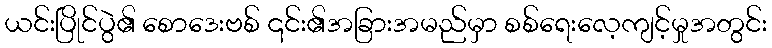
ယင်းပြိုင်ပွဲ၏ စောဒေးဗစ် ၎င်း၏အခြားအမည်မှာ စစ်ရေးလေ့ကျင့်မှုအတွင်း